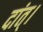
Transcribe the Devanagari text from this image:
दांत्।